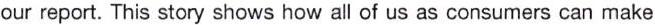
our report. This story shows how all of us as consumers can make